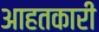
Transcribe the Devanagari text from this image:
आहतकारी